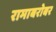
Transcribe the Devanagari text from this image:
रामाबरोबर